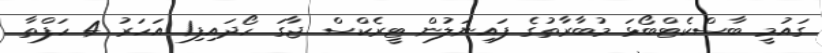
ގައުމީ ބާސްކެޓްބޯޅަ މުބާރާތުގެ ފައިނަލުން ޓީރެކްސް ޖާގަ ހޯދައިފި1 އަހަރު 4 ހަފްތާ